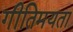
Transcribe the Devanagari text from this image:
गीतिमयता